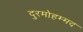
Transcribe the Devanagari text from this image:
दुरमोहम्मद